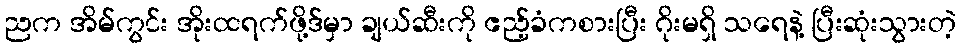
ညက အိမ်ကွင်း အိုးထရက်ဖို့ဒ်မှာ ချယ်ဆီးကို ဧည့်ခံကစားပြီး ဂိုးမရှိ သရေနဲ့ ပြီးဆုံးသွားတဲ့